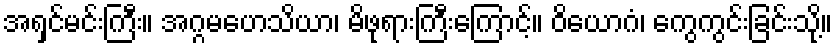
အရှင်မင်းကြီး။ အဂ္ဂမဟေသိယာ၊ မိဖုရားကြီးကြောင့်။ ဝိယောဂံ၊ ကွေကွင်းခြင်းသို့။